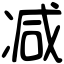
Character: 减